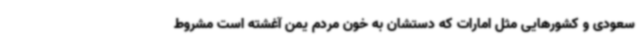
سعودی و کشورهایی مثل امارات که دستشان به خون مردم یمن آغشته است مشروط